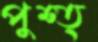
পুশ্ত্